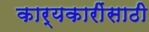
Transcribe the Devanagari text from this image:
कार्यकारींसाठी